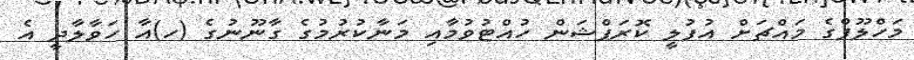
މަހްލޫފްގެ މައްޗަށް އުފުލީ ކޮރަޕްޝަން ހުއްޓުވުމާއި މަނާކުރުމުގެ ގާނޫނުގެ (ހ)އާ ހަވާލާދީ އެ